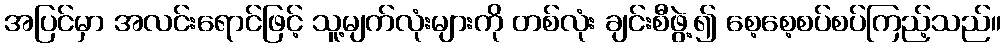
အပြင်မှာ အလင်းရောင်ဖြင့် သူ့မျက်လုံးများကို တစ်လုံး ချင်းစီဖွဲ့၍ စေ့စေ့စပ်စပ်ကြည့်သည်။